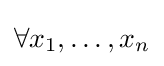
\forall x_{1},\ldots ,x_{n}